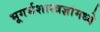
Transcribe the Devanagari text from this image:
भूगर्भशास्त्रज्ञांमध्ये